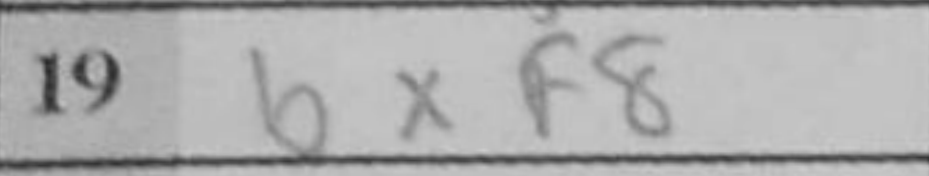
Transcription: bxf8